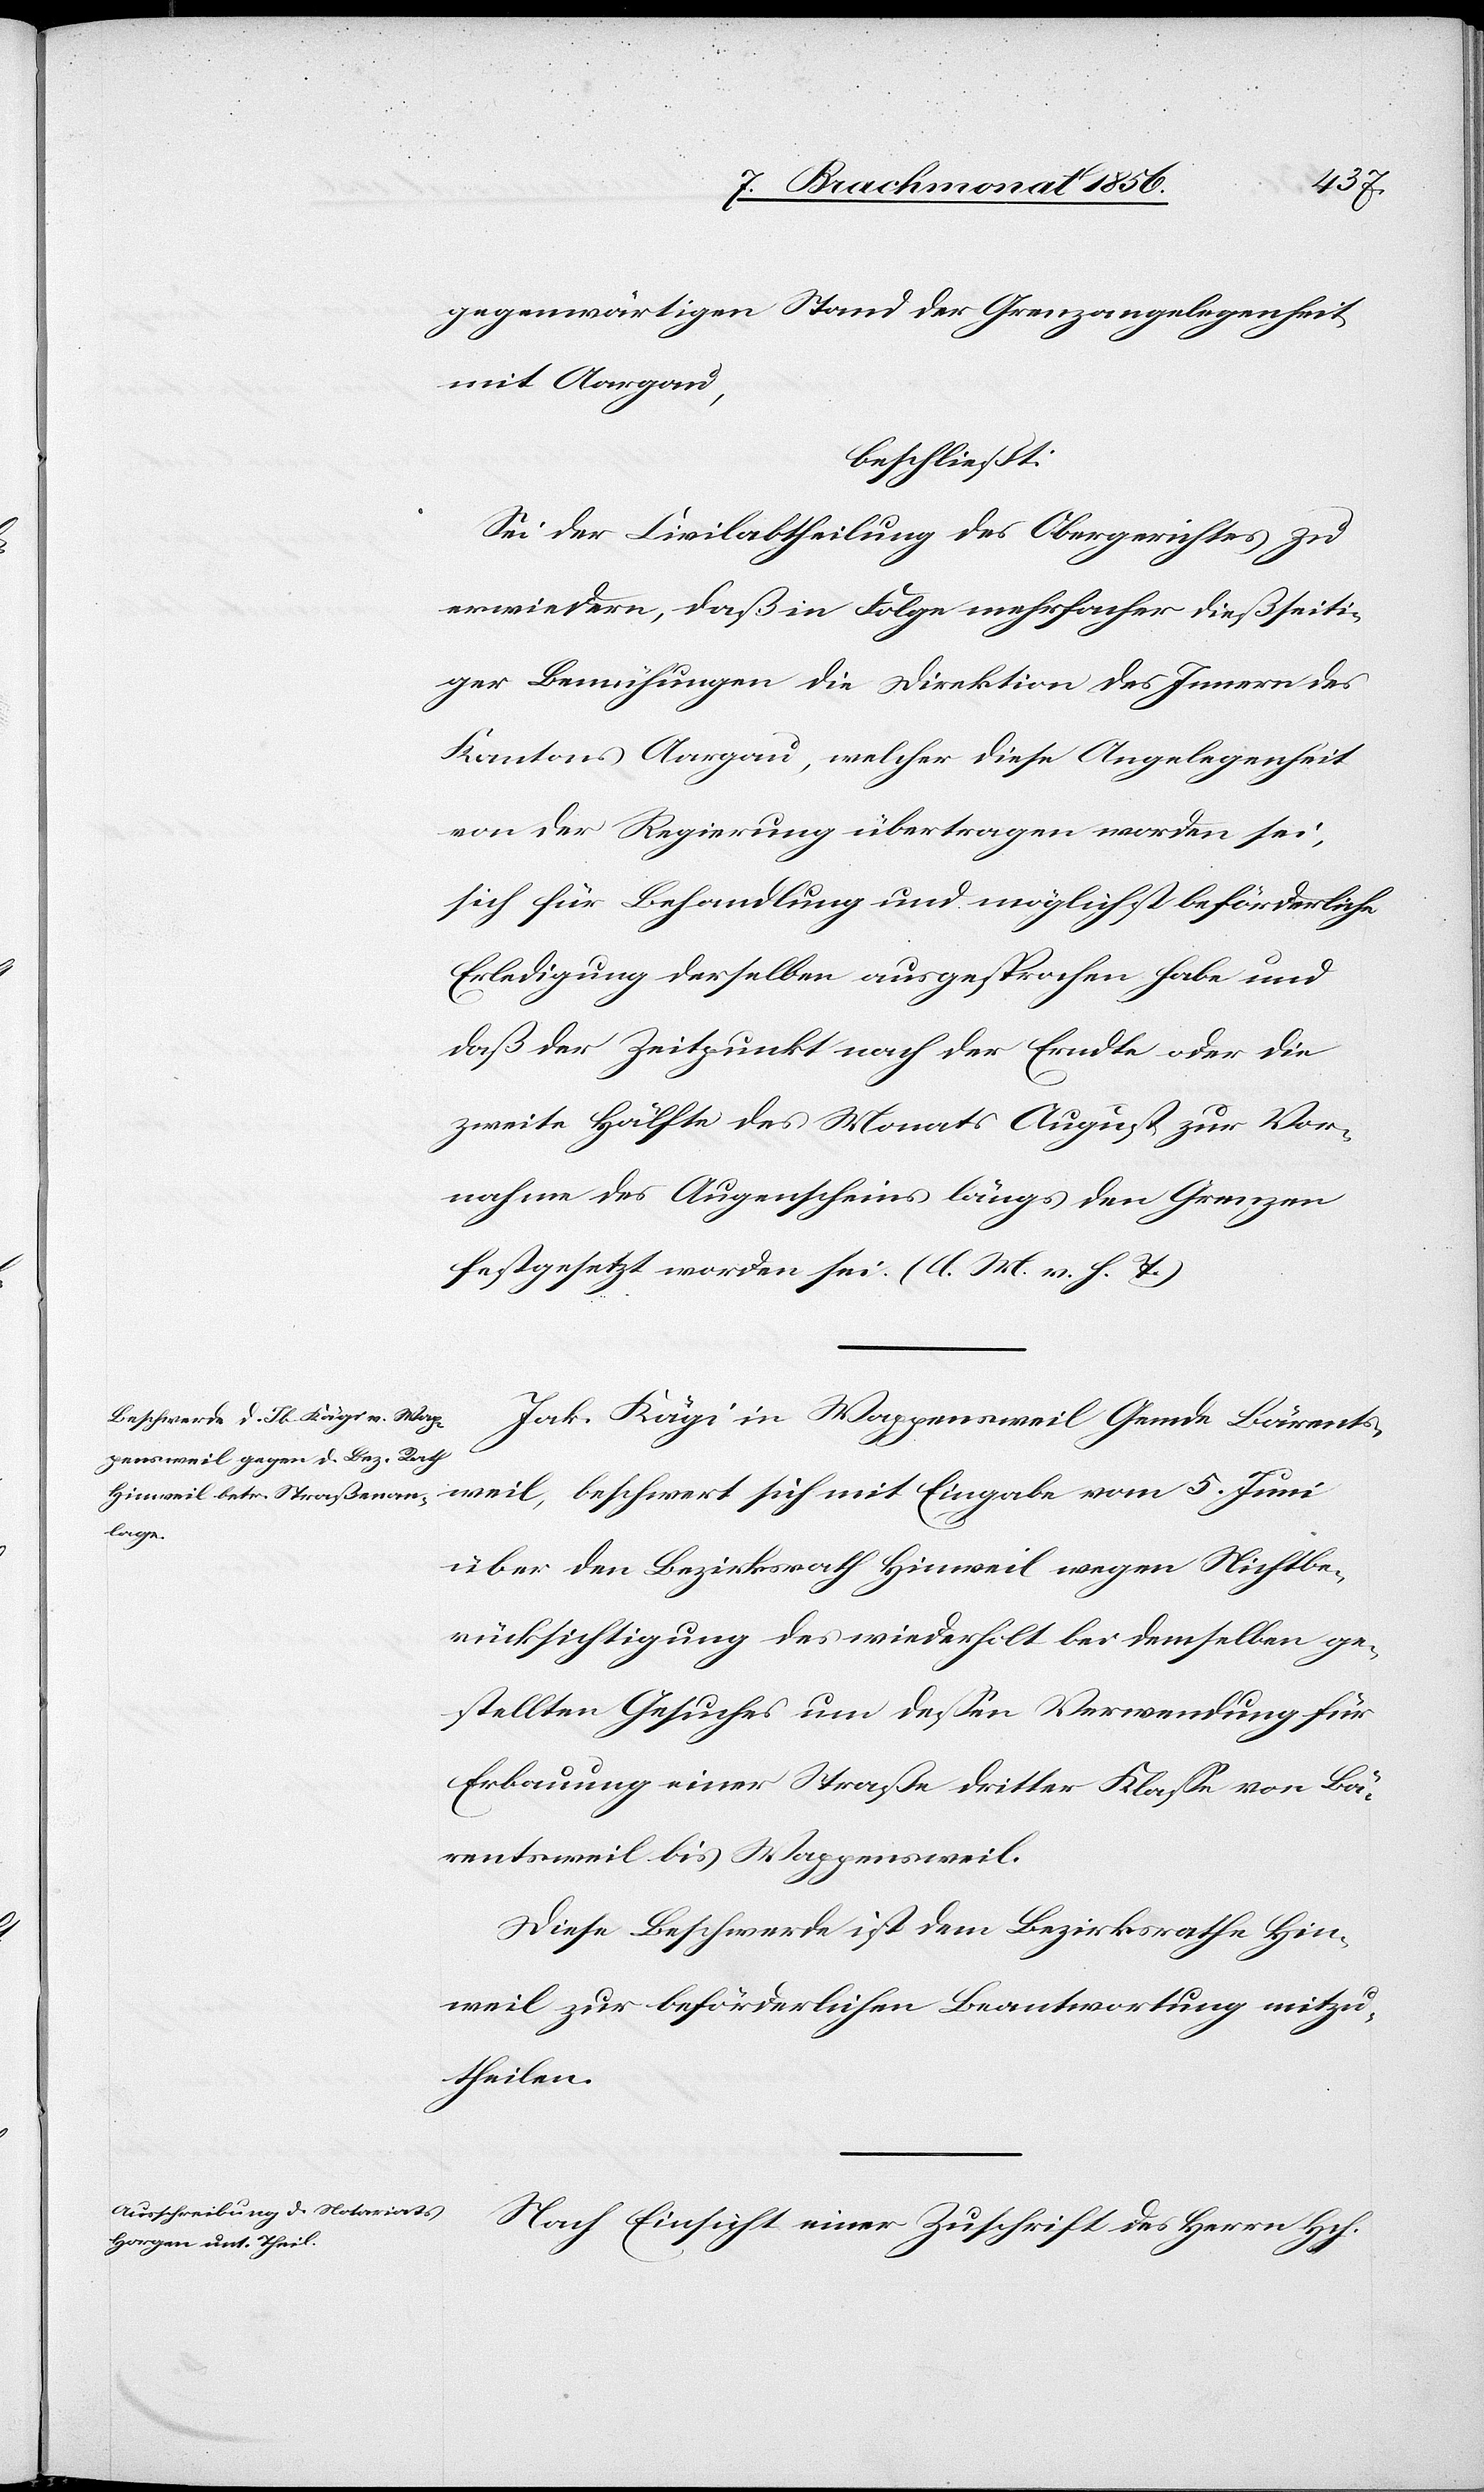
gegenwärtigen Stand der Grenzangelegenheit
mit Aargau,
beschließt:
Sei der Civilabtheilung des Obergerichtes zu
erwiedern, daß in Folge mehrfacher dießseiti¬
ger Bemühungen die Direktion des Innern des
Kantons Aargau, welcher diese Angelegenheit
von der Regierung übertragen worden sei,
sich für Behandlung und möglichst beförderliche
Erledigung derselben ausgesprochen habe und
daß der Zeitpunkt nach der Erndte oder die
zweite Hälfte des Monats August zur Vor¬
nahme des Augenscheins längs den Grenzen
festgesetzt worden sei. (l. M. v. h. T.)
Jak. Kägi in Wappensweil Gemde Bärents¬
weil, beschwert sich mit Eingabe vom 5. Juni
über den Bezirksrath Hinweil wegen Nichtbe¬
rücksichtigung des wiederholt bei demselben ge¬
stellten Gesuches um dessen Verwendung für
Erbauung einer Straße dritter Klasse von Bä¬
rentsweil bis Wappensweil.
Diese Beschwerde ist dem Bezirksrathe Hin¬
weil zur beförderlichen Beantwortung mitzu¬
theilen.
Nach Einsicht einer Zuschrift des Herrn Hch.